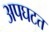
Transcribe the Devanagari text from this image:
अपघटत